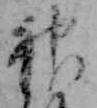
神